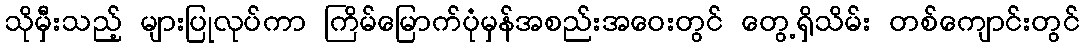
သိုမှီးသည့် များပြုလုပ်ကာ ကြိမ်မြောက်ပုံမှန်အစည်းအဝေးတွင် တွေ့ရှိသိမ်း တစ်ကျောင်းတွင်